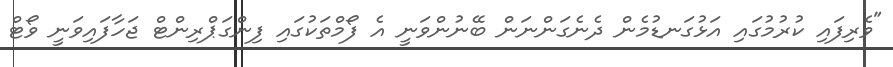
"ވެރިފައި ކުރުމުގައި އަޅުގަނޑުމެން ދެނެގަންނަން ބޭނުންވަނީ އެ ފޯމްތަކުގައި ފިންގަޕްރިންޓް ޖަހާފައިވަނީ ވޯޓް